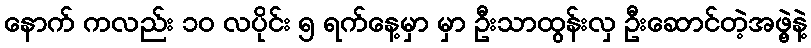
နောက် ကလည်း ၁ဝ လပိုင်း ၅ ရက်နေ့မှာ မှာ ဦးသာထွန်းလှ ဦးဆောင်တဲ့အဖွဲ့နဲ့